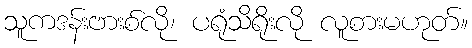
သူကဒန်းဗားစ်လို၊ ပရုံသိရိုးလို လူစားမဟုတ်။